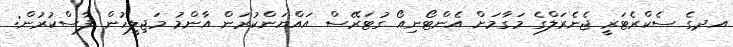
އދގެ ސެކްރެޓަރީ ޖެނެރަލްގެ މަގާމަށް އެންޓޯނިއޯ ގުޓަރޭސް އައްޔަންކުރަން އާންމު މަޖިލީހުން ފާސްކުރުން: